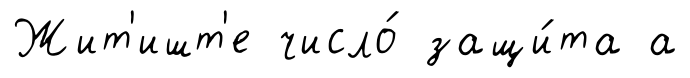
Жит'ишт'е число́ защи́та а